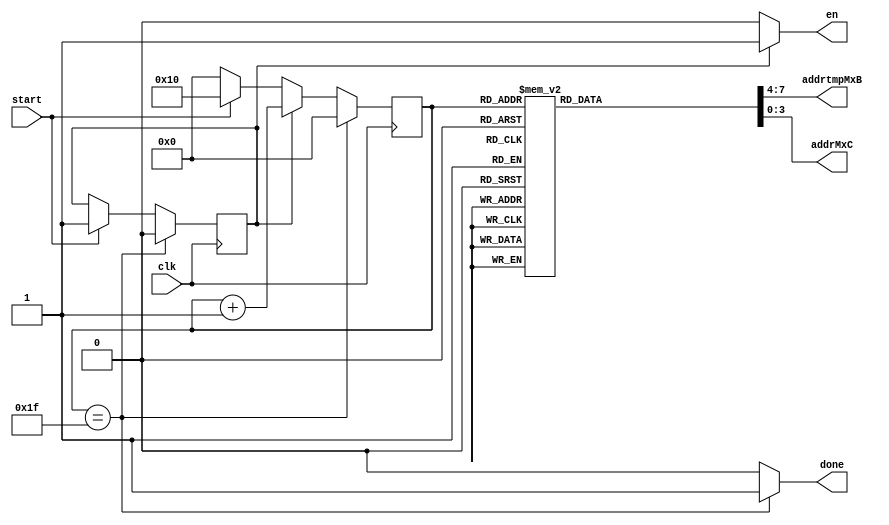
module control_transpose(
	input clk, start,
	output done,en,
	output reg [3:0] addrtmpMxB,addrMxC
);
	reg OK;
	reg [4:0] state;
	 
	always @(posedge clk) begin
		if (start) begin
			OK <= 1'b1;
			state <= 5'b10000;
		 end
		else
			state <= 5'b00000;
		if (OK) begin 
			state <= state + 1;
		end 
		if (state==5'b11111) begin
			state <= 5'b00000;
			OK <= 0; 
		end 
	end 
	always@(state)begin
		case(state)
			5'b10000: {addrtmpMxB,addrMxC} = 8'b0000_0000;
			5'b10001: {addrtmpMxB,addrMxC} = 8'b0001_0100;
			5'b10010: {addrtmpMxB,addrMxC} = 8'b0010_1000;
			5'b10011: {addrtmpMxB,addrMxC} = 8'b0011_1100;
			5'b10100: {addrtmpMxB,addrMxC} = 8'b0100_0001;
			5'b10101: {addrtmpMxB,addrMxC} = 8'b0101_0101;
			5'b10110: {addrtmpMxB,addrMxC} = 8'b0110_1001;
			5'b10111: {addrtmpMxB,addrMxC} = 8'b0111_1101;
			5'b11000: {addrtmpMxB,addrMxC} = 8'b1000_0010;
			5'b11001: {addrtmpMxB,addrMxC} = 8'b1001_0110;
			5'b11010: {addrtmpMxB,addrMxC} = 8'b1010_1010;
			5'b11011: {addrtmpMxB,addrMxC} = 8'b1011_1110;
			5'b11100: {addrtmpMxB,addrMxC} = 8'b1100_0011;
			5'b11101: {addrtmpMxB,addrMxC} = 8'b1101_0111;
			5'b11110: {addrtmpMxB,addrMxC} = 8'b1110_1011;
			5'b11111: {addrtmpMxB,addrMxC} = 8'b1111_1111;
			default:  {addrtmpMxB,addrMxC} = 8'hz;
		endcase 
	end
	
	assign done = (state==5'b11111) ? 1'b1 : 1'b0; 
	assign en = OK ? 1'b1 : 1'b0;
	
endmodule